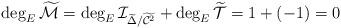
LaTeX: \begin{align*}\deg_{E}\widetilde{\mathcal{M}}=\deg_{E}\mathcal{I}_{\widetilde{\Delta}/\widetilde{\mathcal{C}^{2}}}+\deg_{E}\widetilde{\mathcal{T}}=1+(-1)=0\end{align*}